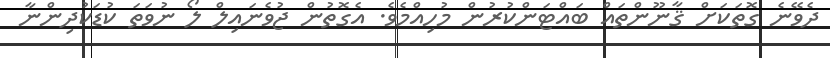
ދެވޭނެ ގޮތަކަށް ޤާނޫންތައް ބައްޓަންކުރުން މުހިއްމެވެ. އެގޮތުން ޖުވެނައިލް ލޯ ނުވަތަ ކުޑަކުދިންނާ